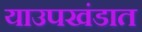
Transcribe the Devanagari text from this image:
याउपखंडात